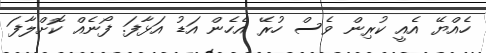
ހެއްޔޭ އެއީ ކުރިން ވެސް ހުރޭ އެހެން އަޑު އަޅާފަ. ފޯނެއް ކޮށްލާފަ